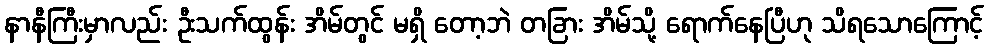
နာနီကြီးမှာလည်း ဦးသက်ထွန်း အိမ်တွင် မရှိ တော့ဘဲ တခြား အိမ်သို့ ရောက်နေပြီဟု သိရသောကြောင့်